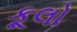
કૂલો